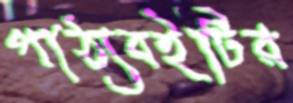
পাঠ্যবইটির